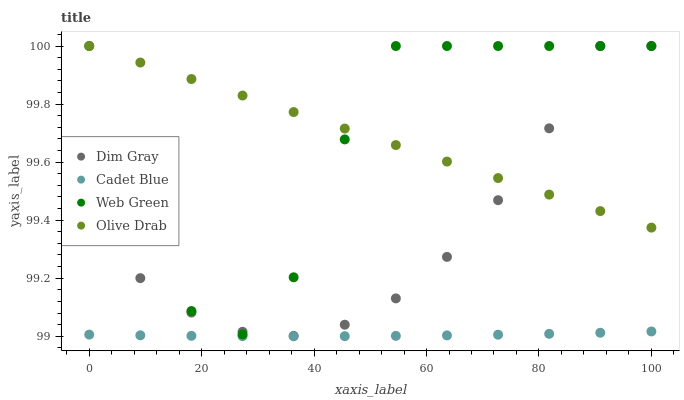
| xaxis_label | Dim Gray | Cadet Blue | Web Green | Olive Drab |
 | --- | --- | --- | --- | --- |
 | 0 | 99.4 | 99 | 100 | 100 |
 | 9.09 | 99.2 | 99 | 99.4 | 99.9 |
 | 18.2 | 99.1 | 99 | 99.1 | 99.9 |
 | 27.3 | 99 | 99 | 99 | 99.8 |
 | 36.4 | 99 | 99 | 99.2 | 99.8 |
 | 45.5 | 99 | 99 | 99.7 | 99.7 |
 | 54.5 | 99.1 | 99 | 100 | 99.7 |
 | 63.6 | 99.3 | 99 | 100 | 99.6 |
 | 72.7 | 99.5 | 99 | 100 | 99.5 |
 | 81.8 | 99.7 | 99 | 100 | 99.5 |
 | 90.9 | 100 | 99 | 100 | 99.4 |
 | 100 | 100 | 99 | 100 | 99.4 |